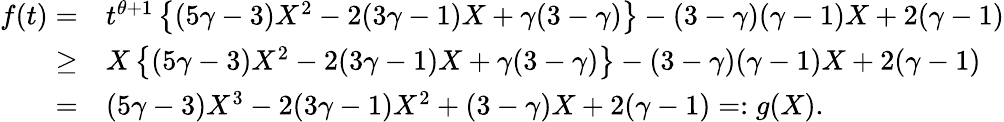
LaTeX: \begin{array}{rl}{f(t)=}&{t^{\theta+1}\left\{ (5\gamma-3)X^{2}-2(3\gamma-1)X+\gamma(3-\gamma)\right\} -(3-\gamma)(\gamma-1)X+2(\gamma-1)}\\ {\geq}&{X\left\{ (5\gamma-3)X^{2}-2(3\gamma-1)X+\gamma(3-\gamma)\right\} -(3-\gamma)(\gamma-1)X+2(\gamma-1)}\\ {=}&{(5\gamma-3)X^{3}-2(3\gamma-1)X^{2}+(3-\gamma)X+2(\gamma-1)=:g(X).}\end{array}